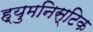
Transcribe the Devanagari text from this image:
ह्युमनिस्टिक